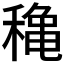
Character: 𥡌